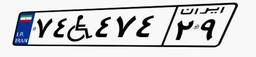
۷۴W۴۷۴۲۹